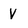
Character: V